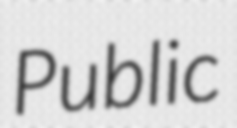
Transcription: Public